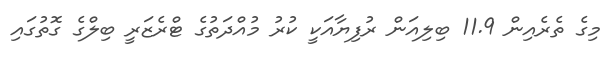
މިގެ ތެރެއިން 11.9 ބިލިއަން ރުފިޔާއަކީ ކުރު މުއްދަތުގެ ޓްރެޒަރީ ބިލްގެ ގޮތުގައި